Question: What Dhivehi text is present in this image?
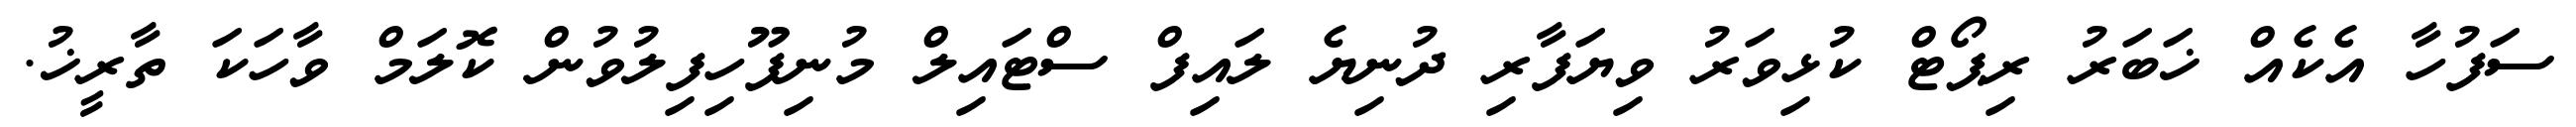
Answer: ސަފުހާ އެކެއް ޚަބަރު ރިޕޯޓް ކުޅިވަރު ވިޔަފާރި ދުނިޔެ ލައިފް ސްޓައިލް މުނިފޫހިފިލުވުން ކޮލަމް ވާހަކަ ތާރީޚު.